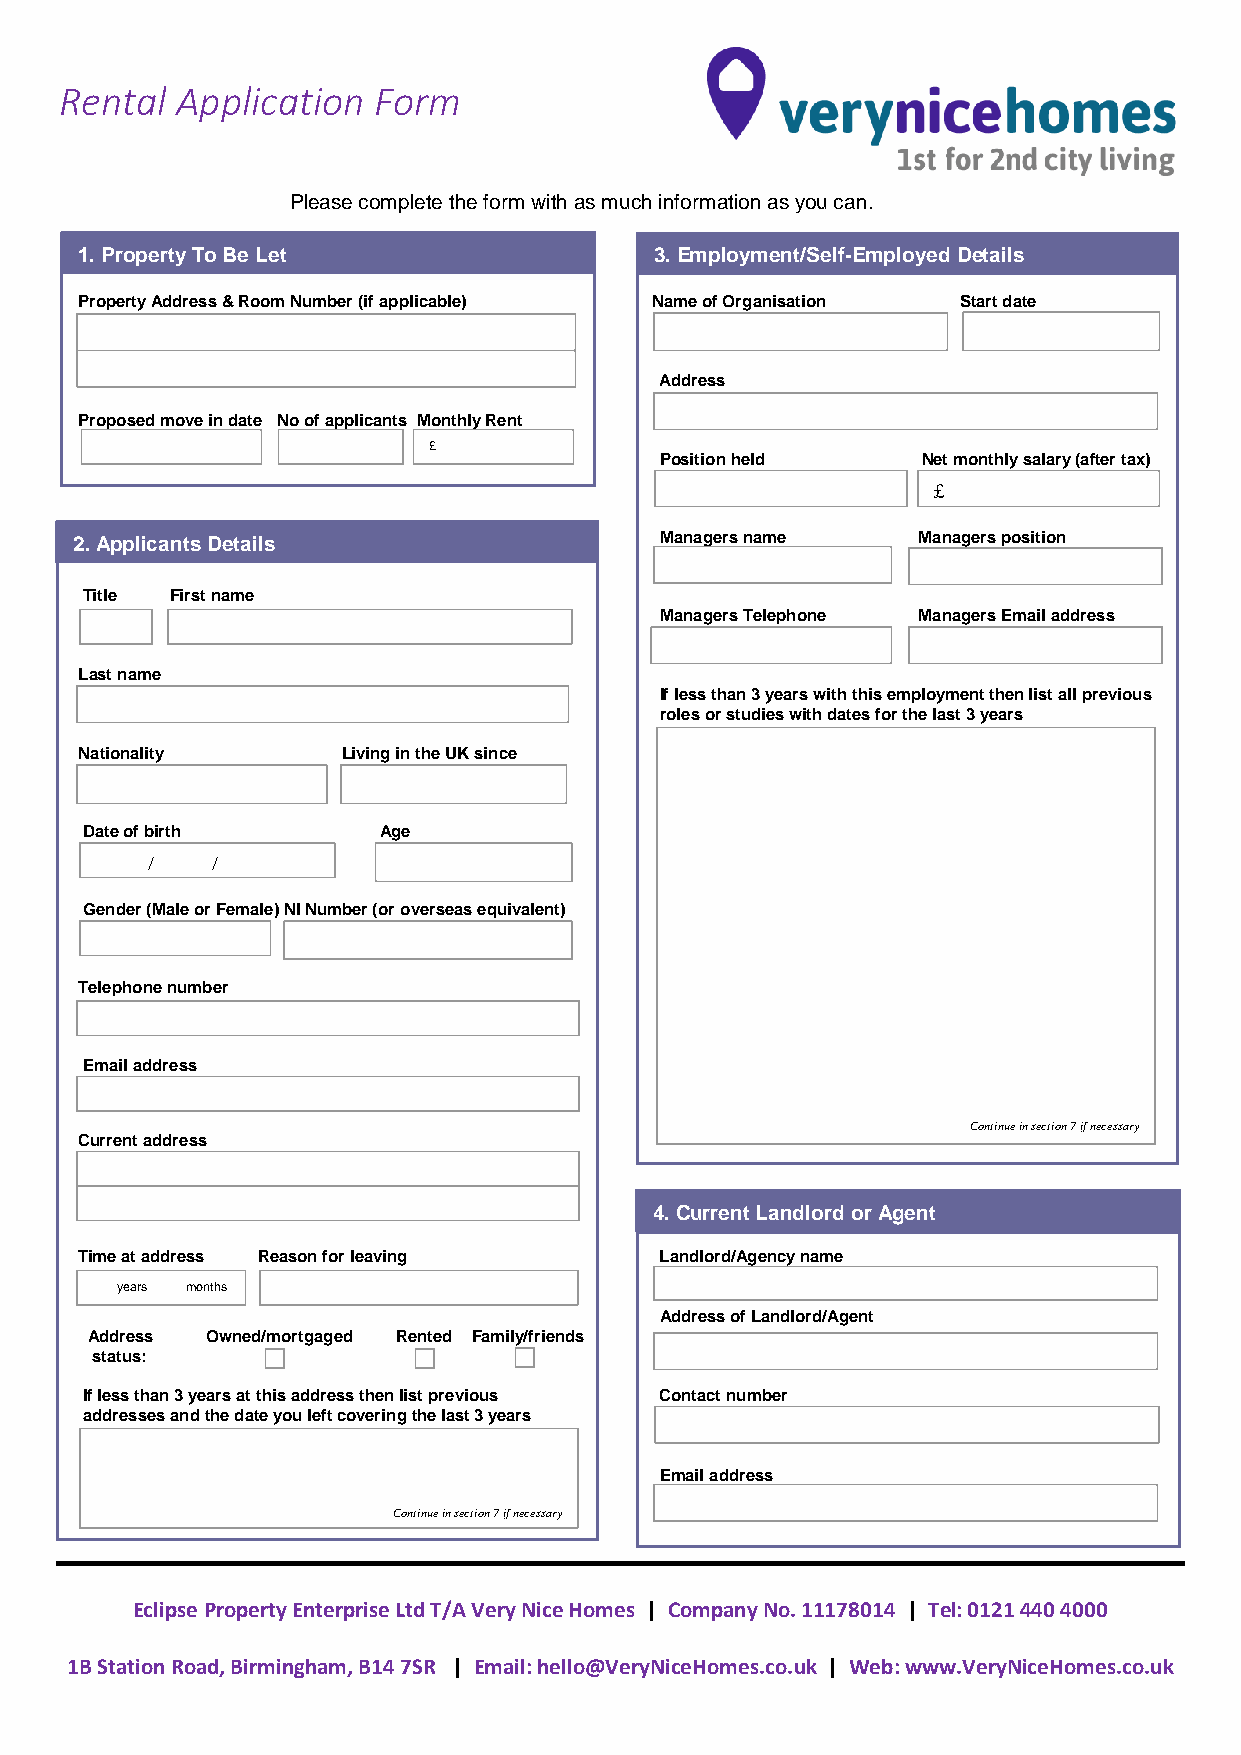
Rental  Application  Form
 Please complete the form with as much information as you can.
 1.Property To Be Let                  3.Employment/Self-Employed Details
 Property Address & Room Number (if applicable) Name of Organisation Start date
 Address
 Proposed move in date No of applicants Monthly Rent
 £
 Position held    Net monthly salary (after tax)
 £
 2.App licants D etails                 Managers name    Managers position
 Title First name
 Managers Telephone Managers Email address
 Last name
 If less than 3 years with this employment then list all previous
 roles or studies with dates for the last 3 years
 Nationality       Living in the UK since
 Date of birth      Age
 /   /
 Gender (Male or Female) NI Number (or overseas equivalent)
 Telephone number
 Email address
 Continue in s ection 7 if nec essary
 Current address
 4.Current Landlord or Agent
 Time at address Reason for leaving     Landlord/Agency name
 years months
 Address of Landlord/Agent
 Address Owned/mortgaged Rented Family/friends
 status:
 If less than 3 years at this address then list previous Contact number
 addresses and the date you left covering the last 3 years
 Email address
 Continue in section 7 if necessary
 Eclipse Property Enterprise Ltd T/A Very Nice Homes | Company No. 11178014 | Tel: 0121 440 4000
 1B Station Road, Birmingham, B14 7SR | Email: hello@VeryNiceHomes.co.uk | Web: www.VeryNiceHomes.co.uk